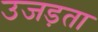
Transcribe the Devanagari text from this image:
उजड़ता